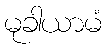
မုခါယာမံ